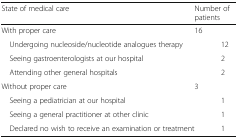
<table><thead><tr><td><b>State of medical care</b></td><td colspan="2"><b>Number of patients</b></td></tr></thead><tbody><tr><td>With proper care</td><td>16</td><td></td></tr><tr><td> Undergoing nucleoside/nucleotide analogues therapy</td><td></td><td>12</td></tr><tr><td> Seeing gastroenterologists at our hospital</td><td></td><td>2</td></tr><tr><td> Attending other general hospitals</td><td></td><td>2</td></tr><tr><td>Without proper care</td><td>3</td><td></td></tr><tr><td> Seeing a pediatrician at our hospital</td><td></td><td>1</td></tr><tr><td> Seeing a general practitioner at other clinic</td><td></td><td>1</td></tr><tr><td colspan="2"> Declared no wish to receive an examination or treatment</td><td>1</td></tr></tbody></table>